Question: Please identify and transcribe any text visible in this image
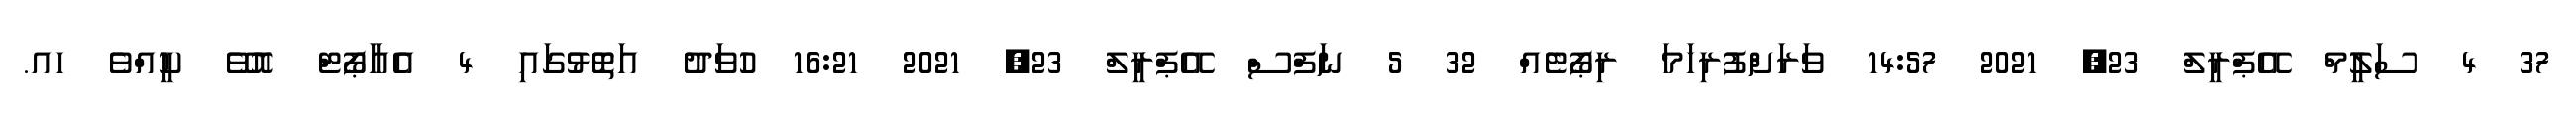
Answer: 37 4 ސަލީމް އޭޕްރީލް 23, 2021 14:57 ވަރަށްފުރިހަމަ ރިޕޯޓެއް 32 5 ނަފްސް އޭޕްރީލް 23, 2021 16:21 ހުވަދު އަތޮޅުގައި 4 އެއާޕޯޓް އޮވޭ ކީއްވެ ހއ.